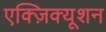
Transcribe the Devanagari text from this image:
एक्ज़िक्यूशन